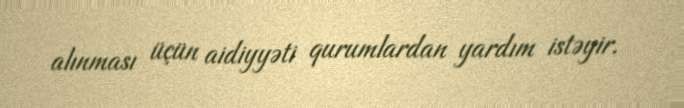
alınması üçün aidiyyəti qurumlardan yardım istəyir.